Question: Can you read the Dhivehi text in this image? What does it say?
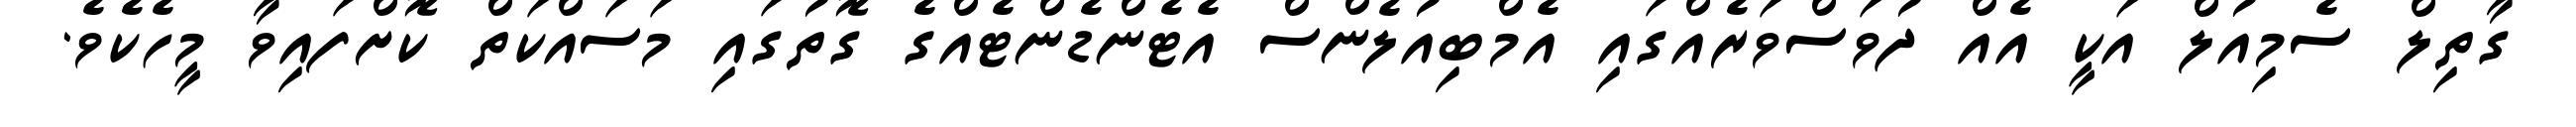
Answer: ގާތިލް ސެމިއުލް އަކީ އެއް ދުވަސްވަރެއްގައި އެމްބިއުލެންސް އެޓެންޑެންޓެއްގެ ގޮތުގައި މަސައްކަތް ކޮށްފައިވާ މީހެކެވެ.